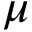
\mu